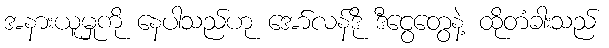
အနားယူမှုကို နေပါသည်ဟု အော်လန်ဒို ဒီငွေတွေနဲ့ ထိုတံခါးသည်